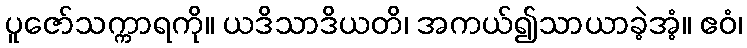
ပူဇော်သက္ကာရကို။ ယဒိသာဒိယတိ၊ အကယ်၍သာယာခဲ့အံ့။ ဧဝံ၊